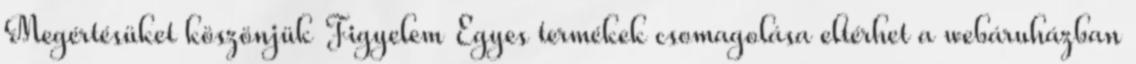
Megértésüket köszönjük Figyelem Egyes termékek csomagolása eltérhet a webáruházban